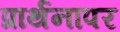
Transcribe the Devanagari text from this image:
प्रार्थनापर